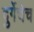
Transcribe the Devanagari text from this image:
दुर्गेचेच